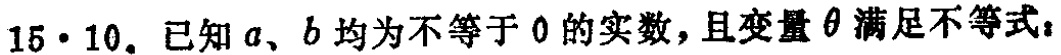
15·10. 已知\(a、b\)均为不等于\(0\)的实数，且变量\(\theta\)满足不等式：